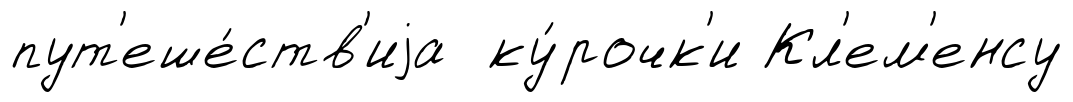
пут'еше́ств'иjа ку́рочк'и Кл'ем'енсу